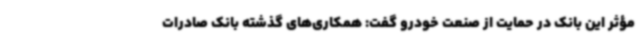
مؤثر این بانک در حمایت از صنعت خودرو گفت: همکاری‌های گذشته بانک صادرات